Document type: Community of property
Year: 1312
Scribe: Pere Amorós
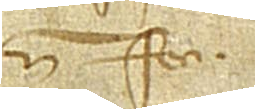
num feci.